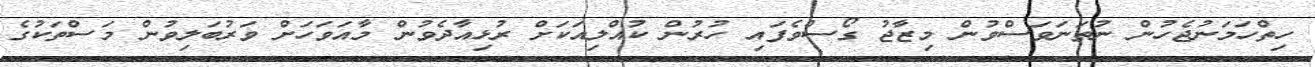
ހިތްހަމަނުޖެހުން ނުތަނަވަސްވުން މިޒާޖު ގޯސްވެފައި ހުރުން ކުއްލިއަކަށް ރުޅިއާދެވުން މާއަވަހަށް ވަރުބަލިވުން މަސްތަކުގެ